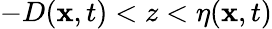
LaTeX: -D(\mathbf{x},t)<z<\eta(\mathbf{x},t)